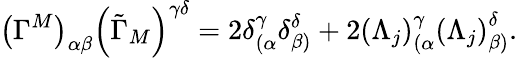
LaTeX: \left(\Gamma^{M}\right)_{\alpha\beta}\left(\tilde{\Gamma}_{M}\right)^{\gamma\delta}=2\delta_{(\alpha}^{\gamma}\delta_{\beta)}^{\delta}+2\left(\Lambda_{j}\right)_{(\alpha}^{\gamma}\left(\Lambda_{j}\right)_{\beta)}^{\delta}.